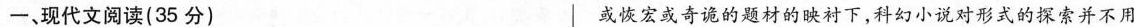
一、现代文阅读(35分) 或恢宏或奇诡的题材的映衬下，科幻小说对形式的探索并不用